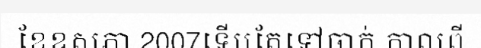
ខែឧសភា 2007ទើបតែទៅចាក់ កាលពី